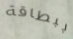
ببطاقة